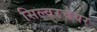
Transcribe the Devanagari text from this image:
सिल्वरचेयर